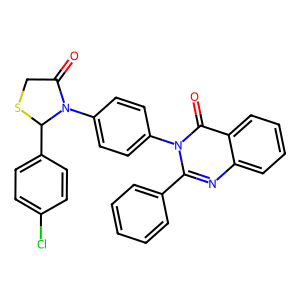
SMILES: O=C1CSC(c2ccc(Cl)cc2)N1c1ccc(-n2c(-c3ccccc3)nc3ccccc3c2=O)cc1
Inhibits HIV replication: No